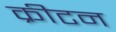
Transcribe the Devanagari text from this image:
क्रीटन